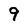
Character: 9